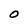
Character: O